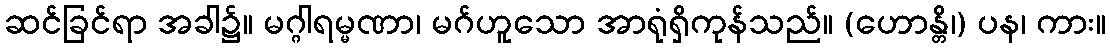
ဆင်ခြင်ရာ အခါ၌။ မဂ္ဂါရမ္မဏာ၊ မဂ်ဟူသော အာရုံရှိကုန်သည်။ (ဟောန္တိ၊) ပန၊ ကား။